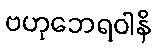
ဗဟုဘေရဝါနိ